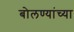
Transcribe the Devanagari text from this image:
बोलण्यांच्या